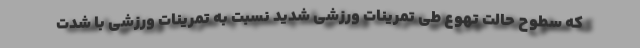
که سطوح حالت تهوع طی تمرینات ورزشی شدید نسبت به تمرینات ورزشی با شدت